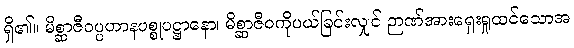
ရှိ၏။ မိစ္ဆာဇီဝပ္ပဟာနပစ္စုပဋ္ဌာနော၊ မိစ္ဆာဇီဝကိုပယ်ခြင်းလျှင် ဉာဏ်အားရှေးရှုထင်သောအ